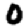
Digit: 0